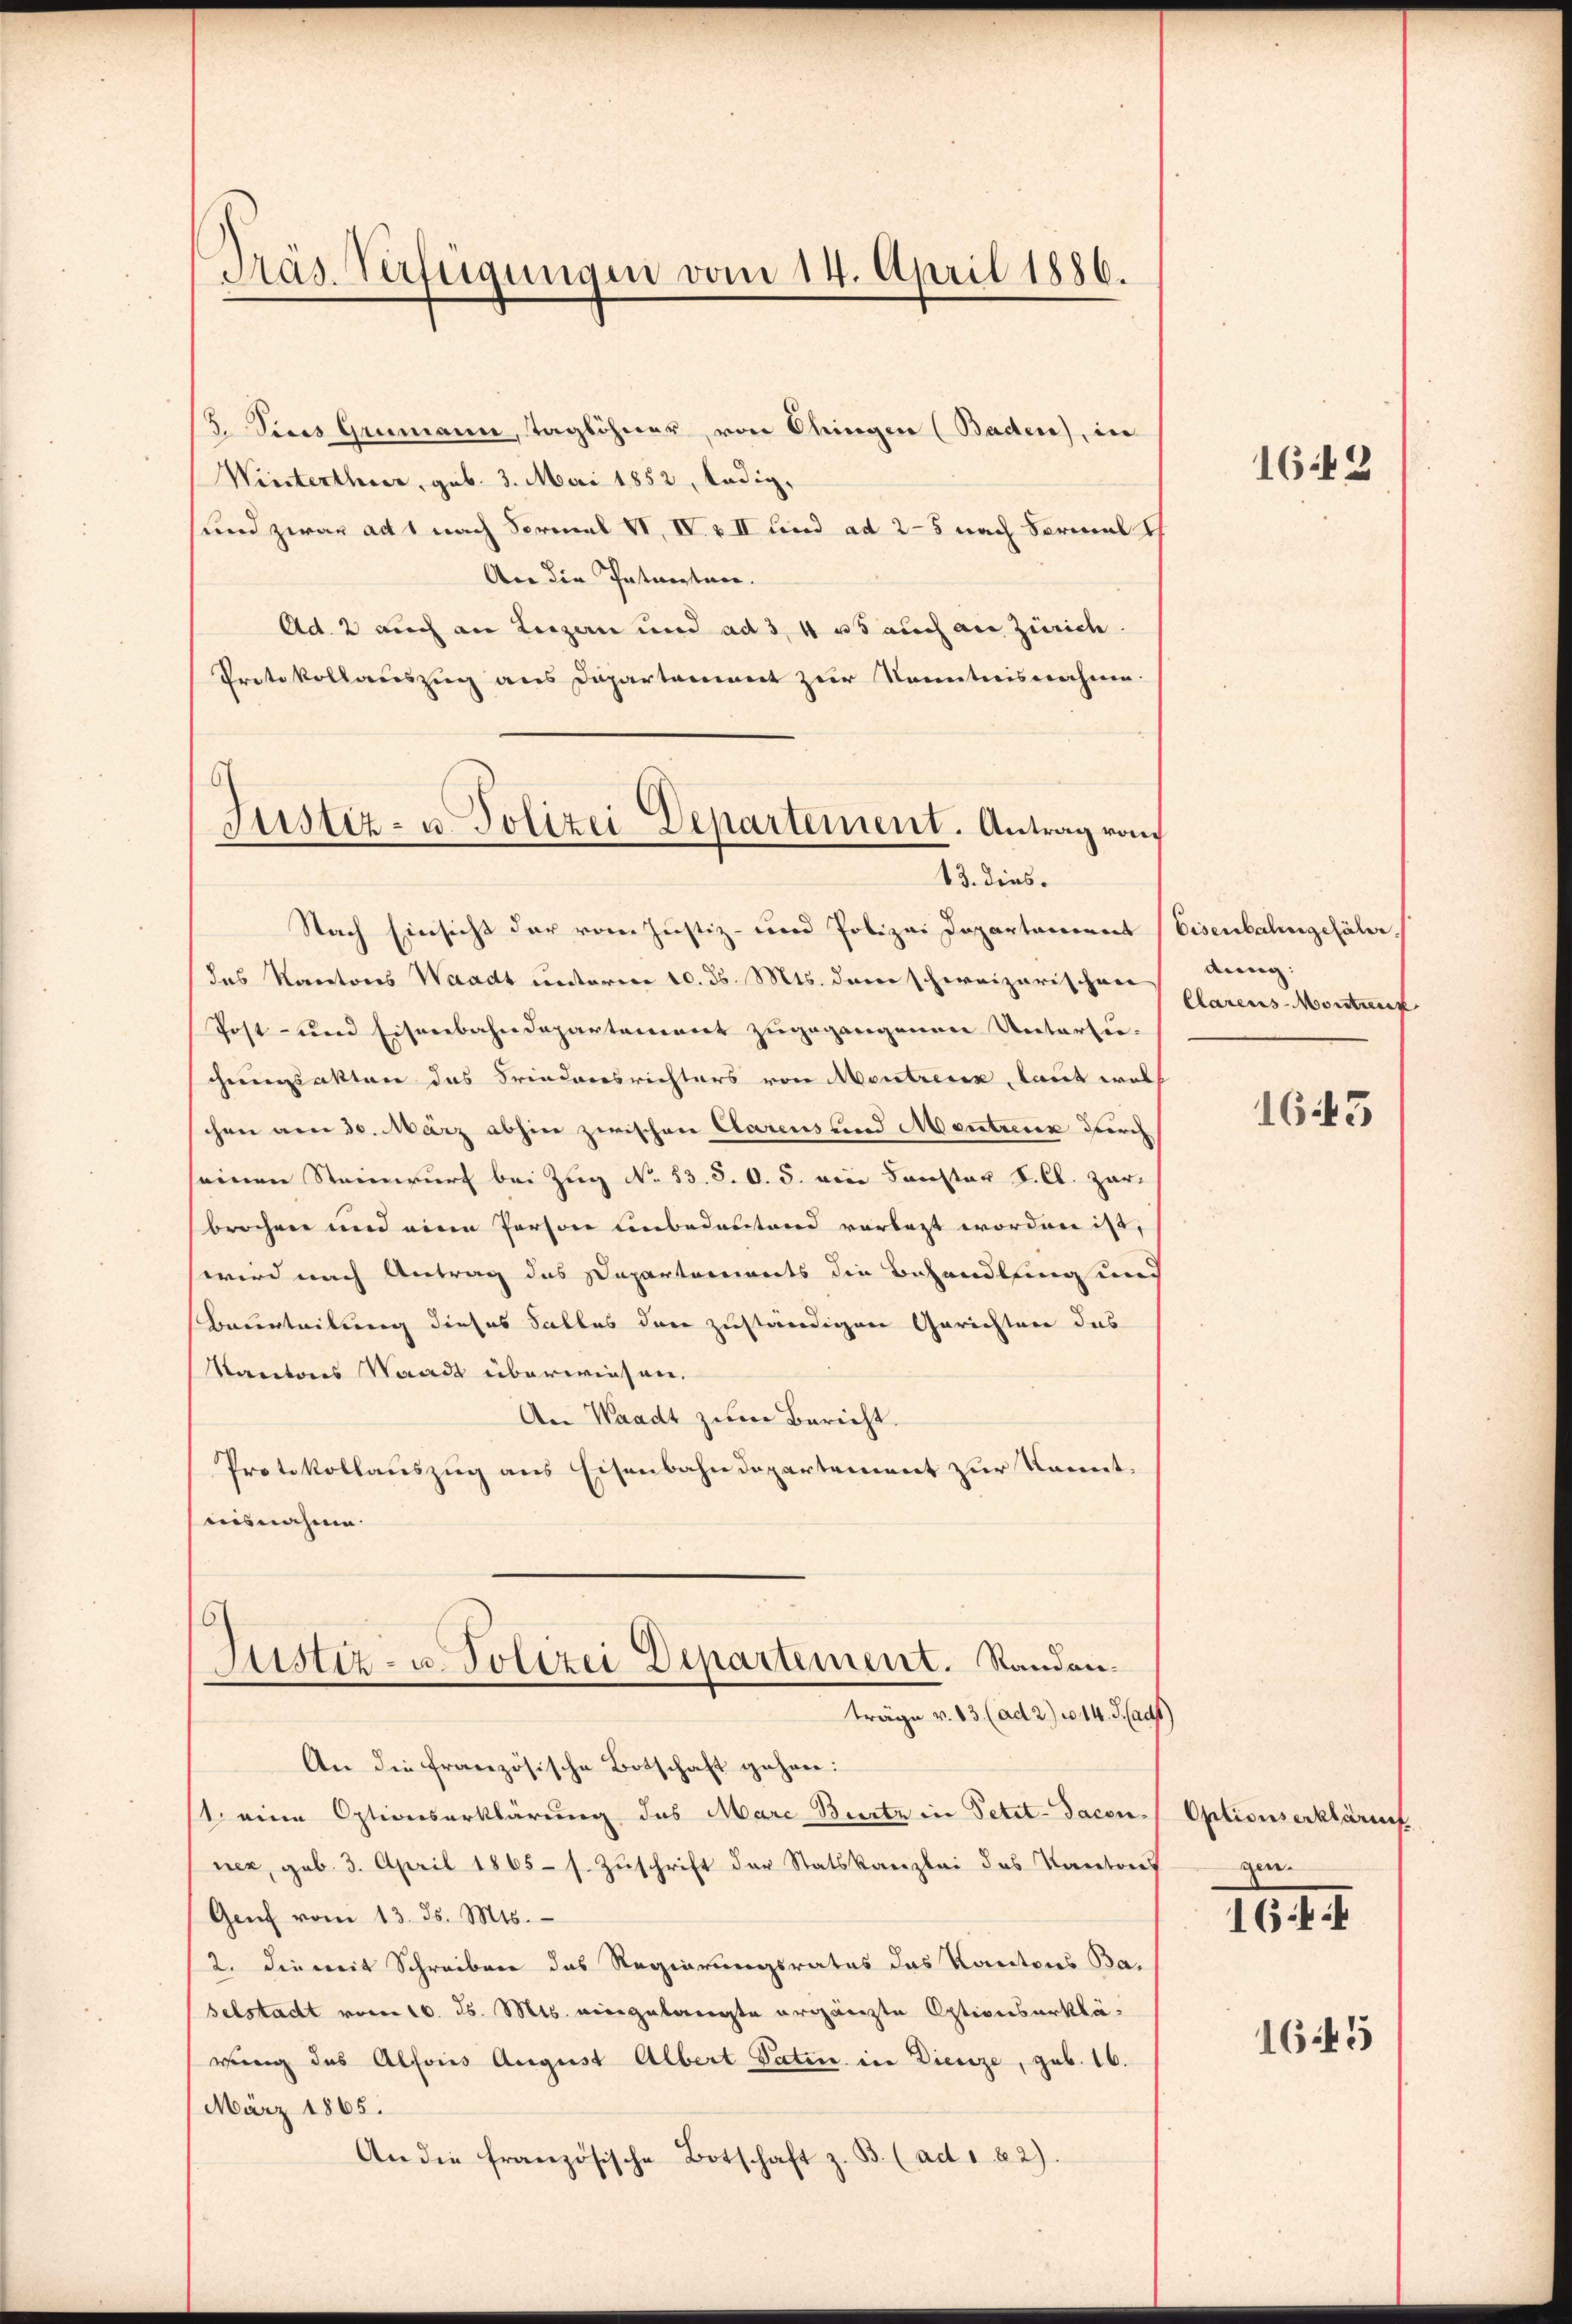
Dräs Verfügungen vom 14. April 1886.

3. Vices Germann, Taglöhner, von Ohringen (Baden), in
Winterthur, geb. 3. Mai 1852, ledig,
sund zwar ad 1 nach Formal VI, IV. v II und ad 2–5 nach Vormal th
An die Patenten.
Ad. 2 auch an Luzern und ad 3, 4 u. auch an Zürich
Protokollauszug aus Departement zur Kenntnisnahme.
Nach Einsicht der vom Justiz- und Polizei Departament Eisenbahngefähr.
das Kantons Waadt unterm 10. d. Mts. dem schweizerischen
Post- und Eisenbahndepartement zugegangenen Untersuceigsakten das Friedensrichters von Montreux, laut welch
chen am 30. März abhin zwischen Clarens und Mentreuen durch
seinen Steinwurf bei Zug No 33. S. O. 5. ein Fenster I. Cl. Zarbrochen und eine Person unbedeutend vorlegt worden ist,
wird nach Antrag des Departarinets die Behandlung und
Beurteilung dieses Falles dann zuständigen Gerichten das
Kantons Staadt überwiesen.
An Waadt zum Bericht.
Protokollauszug aus Eisenbahndepartement zur Kenntausnahme.
Justiz- u. Polizei Departement. Standanträge v. 13 (ad 2) u. 14. F. (adt)
An die französische Botschaft gehen:
1. eine Optionserklärung des Marc Bierte in Petit-Sacenner, geb. 3. April 1865 s. Zuschrift der Statskanzlei des Kantons
Genf vom 13. ds. Mts.
2. Die mit Schreiben das Regierungsrates das Kantons Baselstadt vom 10. ds. Mts. eingelangte ergänzte Optionserklärung des Alfons August Albert Satin in Dienze, geb. 16.
März 1865.
An die französische Botschaft z. B. (ad 1 82).

Justiz- u. Polizei Departement. Antrag vom
13. dies.

163

dung:
Clarens-Montierk
1643

Optionserklärung
gen.

1644

1645